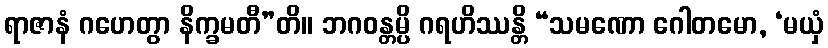
ရာဇာနံ ဂဟေတွာ နိက္ခမတီ”တိ။ ဘဂဝန္တမ္ပိ ဂရဟိဿန္တိ “သမဏော ဂေါတမော, ‘မယှံ